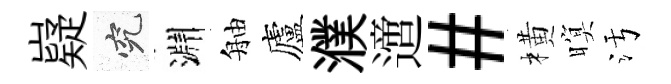
嶷究淵舳廬濮𨗁#橫暝污